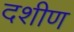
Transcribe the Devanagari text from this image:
दशीण